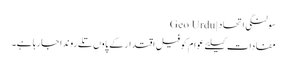
سولنگی اتحاد | Geo Urdu
مفادات کیلئے عوام کو فیلِ اقتدار کے پاوں تلے روندا جارہا ہے۔